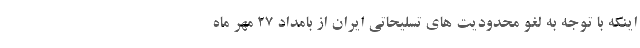
اینکه با توجه به لغو محدودیت های تسلیحاتی ایران از بامداد 27 مهر ماه